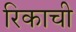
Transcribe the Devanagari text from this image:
रिकाची